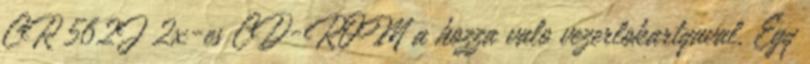
CR 562J 2x-es CD-ROM a hozza valo vezerlokartyaval, Egy